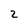
Character: 2